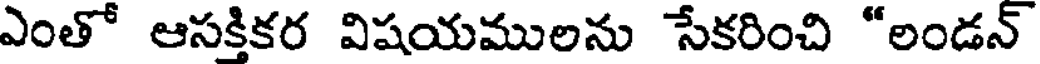
ఎంతో ఆసక్తికర విషయములను సేకరించి "లండన్